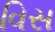
વિસ